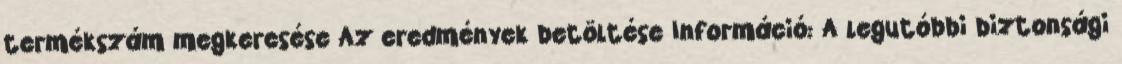
termékszám megkeresése Az eredmények betöltése Információ: A legutóbbi biztonsági